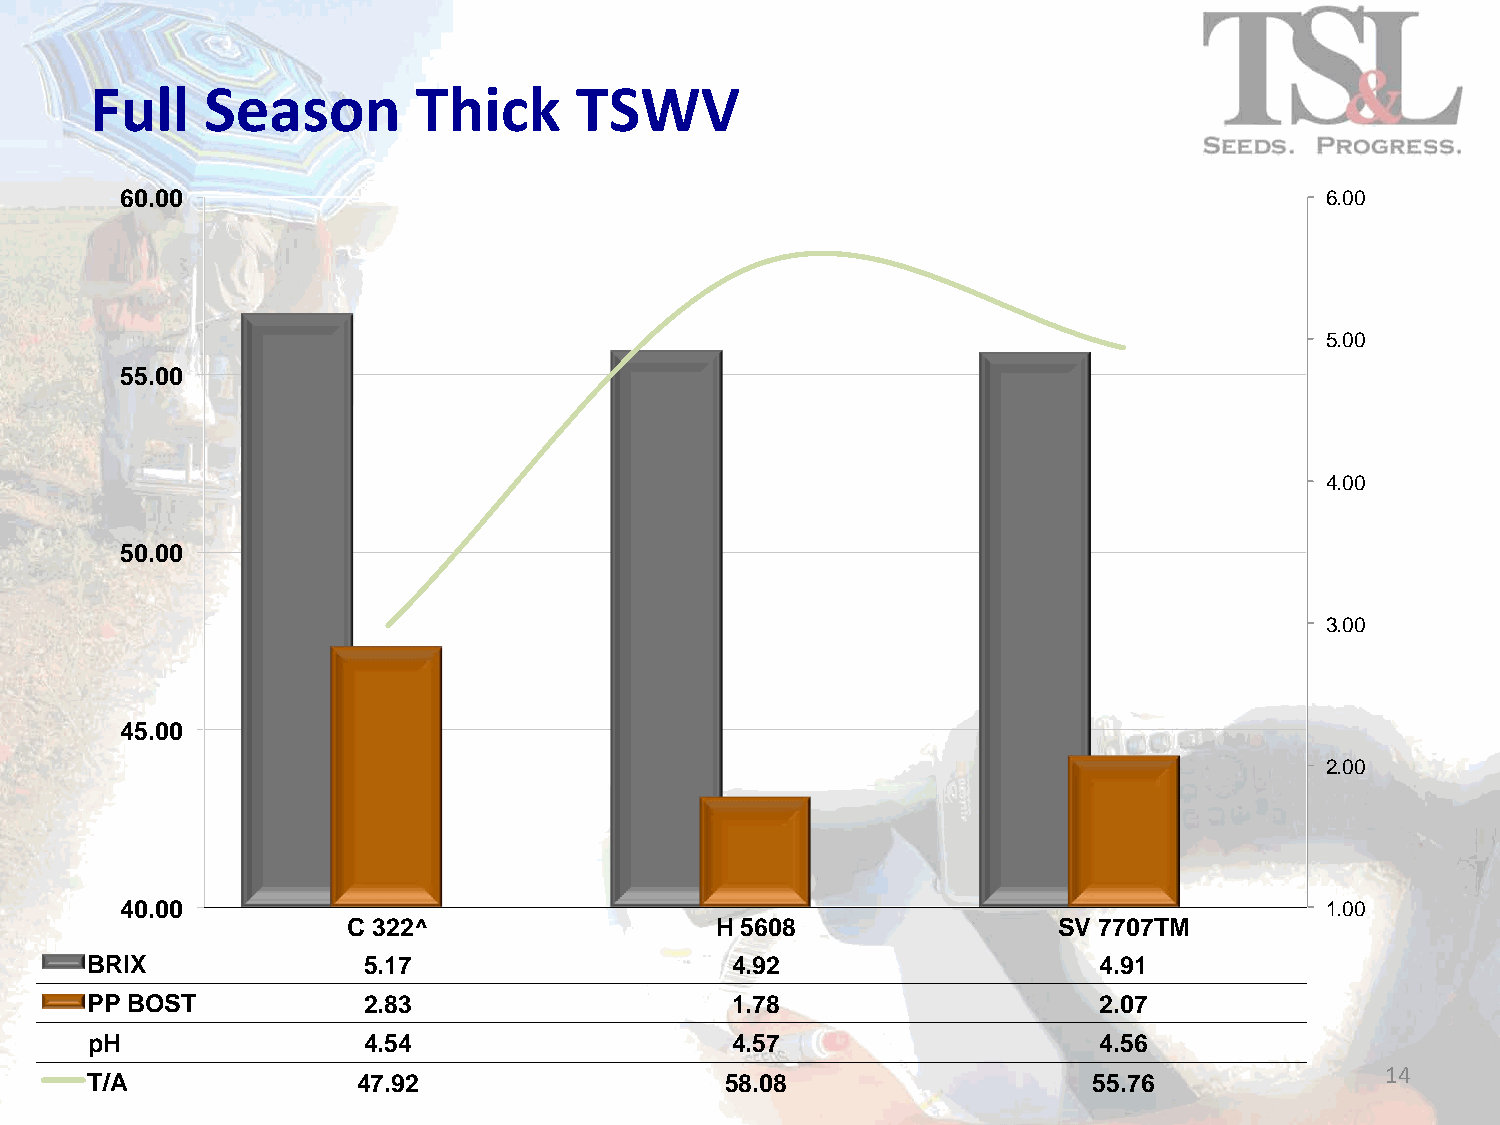
Full    Season        Thick     TSWV
 60.00                                                                           6.00
 5.00
 55.00
 4.00
 50.00
 3.00
 45.00
 2.00
 40.00                                                                           1.00
 C 322^                  H 5608                 SV 7707TM
 BRIX              5.17                    4.92                     4.91
 PP BOST           2.83                    1.78                     2.07
 pH                4.54                    4.57                     4.56
 14
 T/A               47.92                   58.08                   55.76